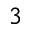
^ 3